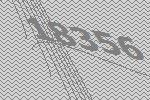
18356